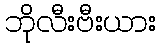
ဘိုလီးဗီးယား